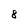
Character: 8